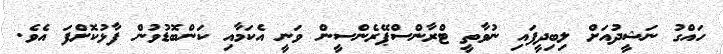
ހައްގު ނަޝީދުއަށް ލިބިދީފައި ނުވާތީ ޓްރާންސްޕޭރެންސީން ވަނީ އެކަމާއި ކަންބޮޑުވުން ފާޅުކޮށްފަ އެވެ.